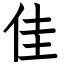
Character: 佳